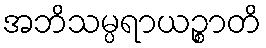
အဘိသမ္ပရာယဉ္စာတိ